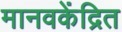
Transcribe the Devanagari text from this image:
मानवकेंद्रित